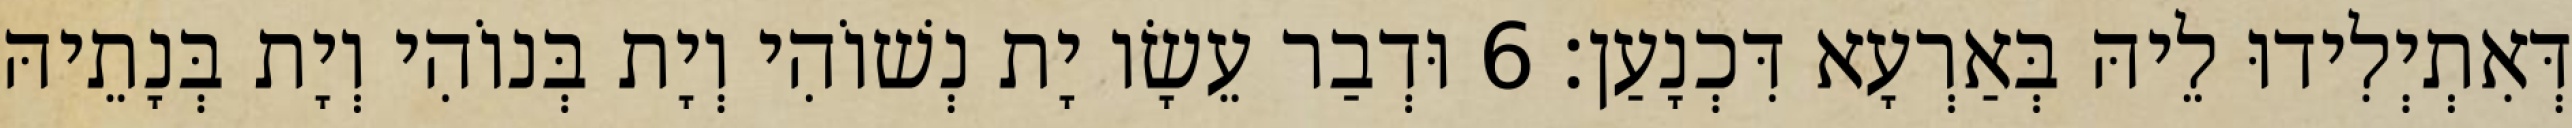
דְּאִתְיְלִידוּ לֵיהּ בְּאַרְעָא דִּכְנָעַן׃ 6 וּדְבַר עֵשָׂו יָת נְשׁוֹהִי וְיָת בְּנוֹהִי וְיָת בְּנָתֵיהּ